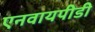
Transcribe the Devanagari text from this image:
एनवायपीडी